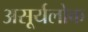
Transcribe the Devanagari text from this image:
असूर्यलोक